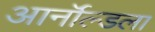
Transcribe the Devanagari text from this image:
आर्नॉल्डला